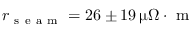
r _ { \mathrm { ~ s ~ e ~ a ~ m ~ } } = 2 6 \pm 1 9 \, \upmu \Omega \cdot \mathrm { ~ m ~ }